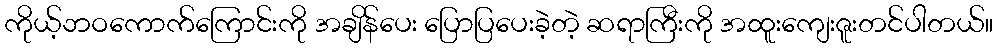
ကိုယ့်ဘဝကောက်ကြောင်းကို အချိန်ပေး ပြောပြပေးခဲ့တဲ့ ဆရာကြီးကို အထူးကျေးဇူးတင်ပါတယ်။